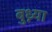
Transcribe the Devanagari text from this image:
बुध्न्या